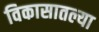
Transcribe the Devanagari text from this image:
विकासातल्या